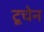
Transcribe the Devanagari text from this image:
टूचेन